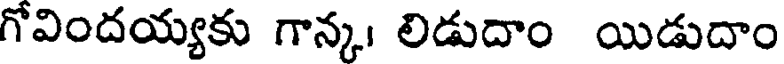
గోవిందయ్యకు గాన్క। లిడుదాం యిడుదాం